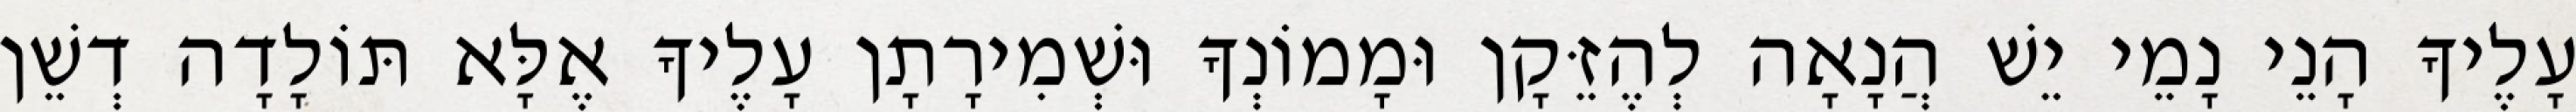
עָלֶיךָ הָנֵי נָמֵי יֵשׁ הֲנָאָה לְהֶזֵּקָן וּמָמוֹנְךָ וּשְׁמִירָתָן עָלֶיךָ אֶלָּא תּוֹלָדָה דְשֵׁן